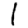
Digit: 1